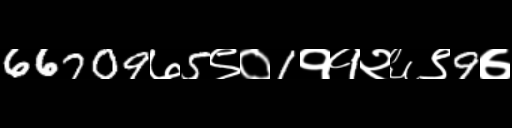
Text: 66709७5९०1११२६९9७